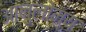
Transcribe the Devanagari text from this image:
आनुलोम्य